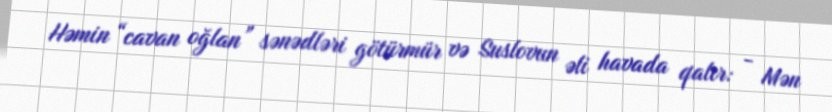
Həmin “cavan oğlan” sənədləri götürmür və Suslovun əli havada qalır: - Mən